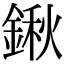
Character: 鍬